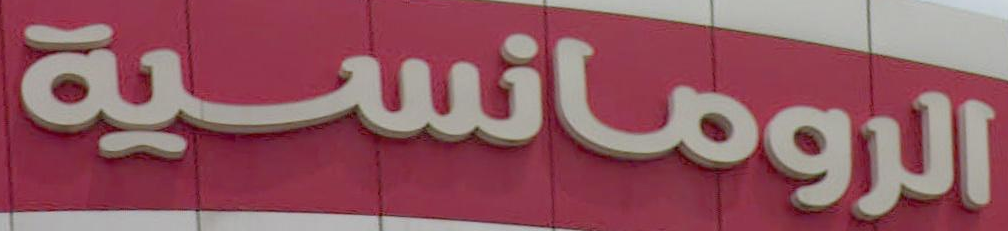
الرومانسية